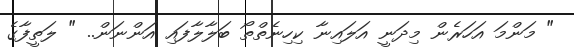
" މަންމަ އަހަރެން މިދަނީ އަލައިނާ ކިހިނެތްތޯ ބަލާލާފައި އަންނަން.. " ލަތީފާގެ